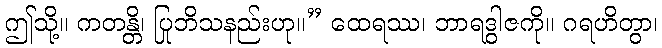
ဤသို့။ ကတန္တိ၊ ပြုဘိသနည်းဟု။” ထေရဿ၊ ဘာရဒွါဇကို။ ဂရဟိတွာ၊